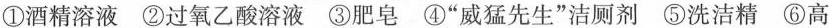
①酒精溶液②过氧乙酸溶液③肥皂④”威猛先生”洁厕剂⑤洗洁精⑥高